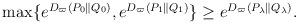
LaTeX: \begin{align*} \begin{aligned} \max \{ e^{D_{\varpi}(P_0 \parallel Q_0)}, e^{D_{\varpi}(P_1 \parallel Q_1)} \} \ge e^{D_{\varpi}(P_{\lambda} \parallel Q_{\lambda})}. \end{aligned}\end{align*}